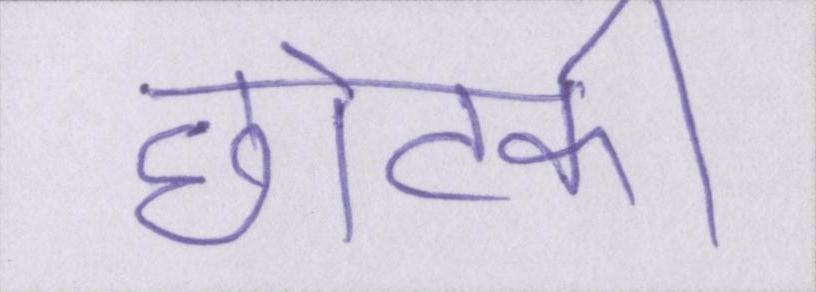
छोटकी